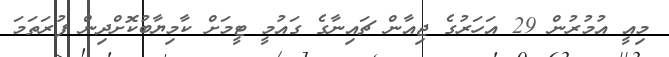
މިއީ އުމުރުން 29 އަހަރުގެ ޖިއާން ޗައިނާގެ ގައުމީ ޓީމަށް ކާމިޔާބުކޮށްދިން ފުރަތަމަ